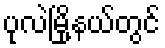
ပုလဲမြို့နယ်တွင်